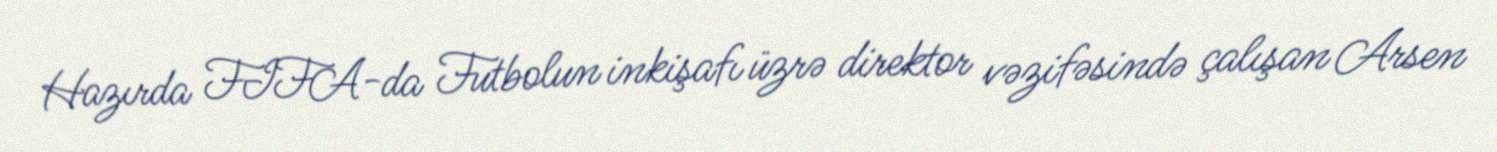
Hazırda FIFA-da Futbolun inkişafı üzrə direktor vəzifəsində çalışan Arsen